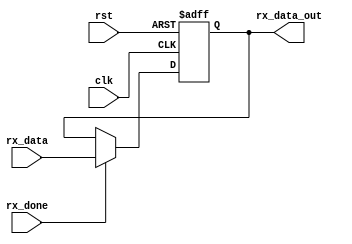
module uart_1byte_data_reg (
    input clk,
    input rst,
    input rx_done,
    input [7:0] rx_data,
    output reg [7:0] rx_data_out
);

    always @(posedge clk, posedge rst) begin
        if (rst) begin
            rx_data_out <= 8'd0;
        end else if (rx_done) begin
            rx_data_out <= rx_data;
        end else;
    end


endmodule